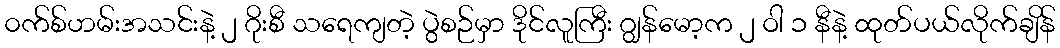
၀က်စ်ဟမ်းအသင်းနဲ့ ၂ ဂိုးစီ သရေကျတဲ့ ပွဲစဉ်မှာ ဒိုင်လူကြီး ဂျွန်မော့က ၂ ဝါ ၁ နီနဲ့ ထုတ်ပယ်လိုက်ချိန်